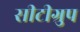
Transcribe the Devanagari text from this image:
सीटीग्रुप